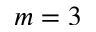
m = 3